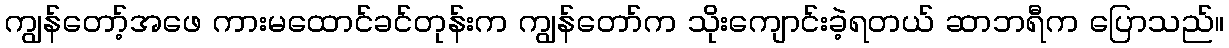
ကျွန်တော့်အဖေ ကားမထောင်ခင်တုန်းက ကျွန်တော်က သိုးကျောင်းခဲ့ရတယ် ဆာဘရီက ပြောသည်။